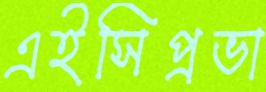
এইসিপ্রভা